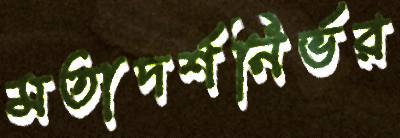
মতাদর্শনির্ভর